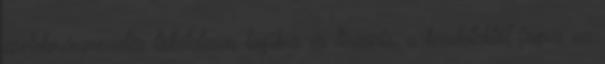
cselekményvezetés tökéletesen logikus és lineáris, a kezdetektől fogva az